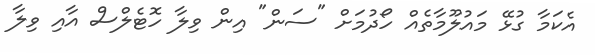
އެކަމާ ގުޅޭ މައުލޫމާތެއް ހޯދުމަށް "ސަން" އިން ވިލާ ހޮޓެލްސް އާއި ވިލާ